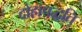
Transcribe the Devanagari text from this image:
दोहापद्धति